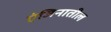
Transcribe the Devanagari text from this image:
एंजिनातील